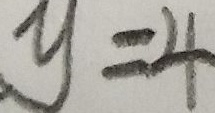
y = 4